Report of the veterinary officer investigating camel disease
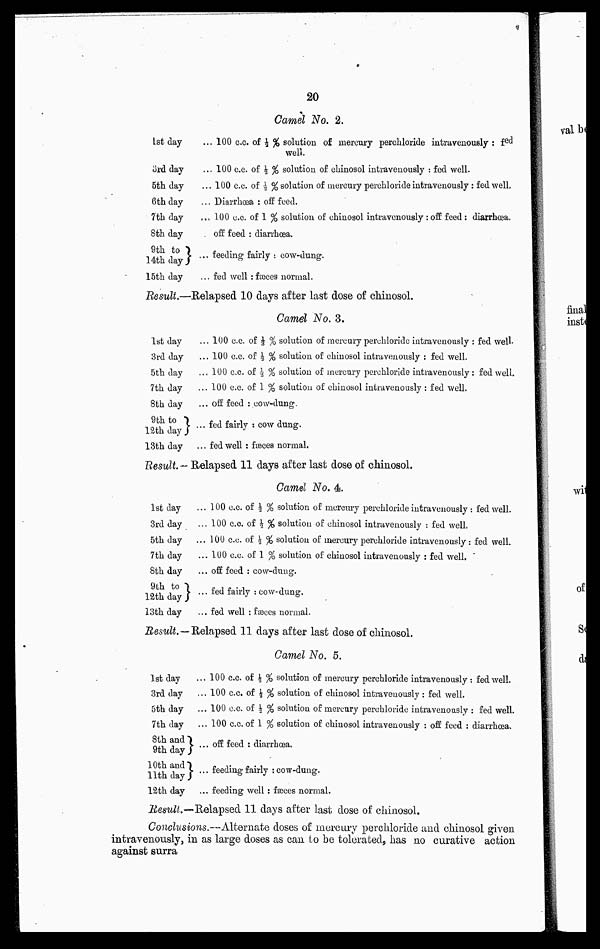
20
Camel No. 2.
1st day
3rd day
5th day
6th day
7th day
8th day
9th to
14th day
15th day
... 100 c.c. of ½ % solution of mercury perchloride intravenously : fed
well.
... 100 c.c. of ½ % solution of chinosol intravenously : fed well.
... 100 c.c. of ½ % solution of mercury perchloride intravenously: fed well.
... Diarrhoea : off feed.
.... 100 c.c. of 1 % solution of chinosol intravenously : off feed : diarrhoea.
. off feed : diarrhœa.
... feeding fairly : cow-dung.
... fed well : fæces normal.
Result.—Relapsed 10 days after last dose of chinosol.
Camel No. 3.
1st day
3rd day
5th day
7th day
8th day
9th to
12th day
13th day
... 100 c.c. of ¾ % solution of mercury peruhloridc intravenously :
... 100 c.c. of ½ % solution of chinosol intravenously : fed well.
... 100 c.c. of ½ % solution of mercury perchloride intravenously:
... 100 c.c. of 1 % solution of chinosol intravenously : fed well.
... off feed : cow-dung.
... fed fairly : cow dung.
... fed well : fæces normal.
Result. — Relapsed 11 days after last dose of chinosol.
fed well-
fed well.
Camel No. 4.
1st day
3rd day
5th day
7th day
8th day
9th to
12th day
13th day
... 100 c.c. of ½ % solution of mercury perchloride intravenously:
... 100 c.c. of ½ % solution of chinosol intravenously : fed well.
... 100 c.c. of ½ % solution of mercury perchloride intravenously:
... 100 c.c. of 1 % solution of chinosol intravenously : fed well.
... off feed : cow-dung.
... fed fairly : cow-dung.
... fed well : fæces normal.
Result.—Relapsed 11 days after last dose of chinosol.
: fed well.
fed well.
Camel No. 5.
1st day
3rd day
5th day
7th day
8th and
9th day
10th and
11th day
12th day
..100 c.c. of ½ % solution of mercury perchloride intravenously ;
,.. 100 c.c. of ½ % solution of chinosol intravenously : fed well.
,.. 100 c.c. of ½ % solution of mercury perchloride intravenously
... 100 c.c. of 1 % solution of chinosol intravenously : off feed :
... off feed : diarrhœa.
... feeding fairly : cow-dung.
... feeding well : fæces normal.
Result.—Relapsed 11 days after last dose of chinoaol.
: fed well.
: fed well.
diarrhoea.
Conclusions.—Alternate doses of mercury perchloride and chinosol given
intravenously, in as large doses as can to be tolerated, has no curative action
against surra